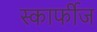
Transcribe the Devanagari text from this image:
स्कार्फीज